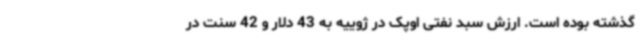
گذشته بوده است. ارزش سبد نفتی اوپک در ژوییه به 43 دلار و 42 سنت در